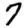
Digit: 7